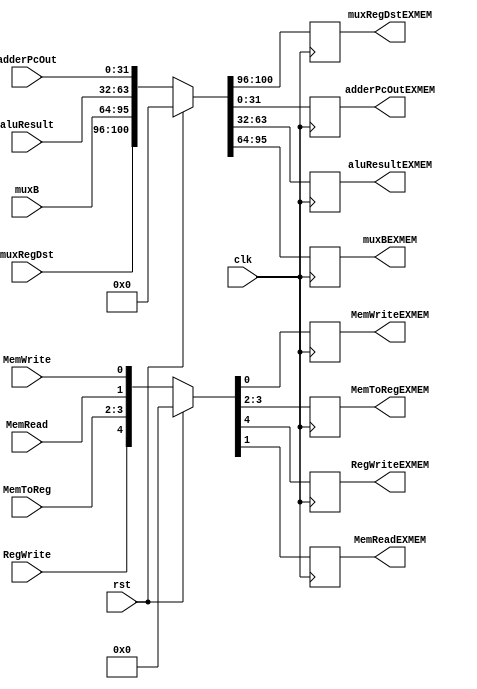
module EXMEM(RegWriteEXMEM, MemReadEXMEM, MemWriteEXMEM, MemToRegEXMEM, muxRegDstEXMEM, adderPcOutEXMEM,
             aluResultEXMEM, muxBEXMEM, clk, rst, RegWrite, MemRead, MemWrite, MemToReg, muxRegDst, adderPcOut,
             aluResult, muxB);
    output reg RegWriteEXMEM;
    output reg MemReadEXMEM, MemWriteEXMEM;
    output reg [1:0] MemToRegEXMEM;
    output reg [4:0] muxRegDstEXMEM;
    output reg [31:0] adderPcOutEXMEM;
    output reg [31:0] aluResultEXMEM, muxBEXMEM;

    input clk, rst, RegWrite, MemRead, MemWrite;
    input [1:0] MemToReg;
    input [4:0] muxRegDst;
    input [31:0] adderPcOut;
    input [31:0] aluResult, muxB;

    always @(posedge clk) begin
        if(rst) begin
            {RegWriteEXMEM, MemToRegEXMEM, MemReadEXMEM, MemWriteEXMEM} <= 5'd0;
            {muxRegDstEXMEM, muxBEXMEM, aluResultEXMEM, adderPcOutEXMEM} <= 101'd0;
        end
        else begin
            {RegWriteEXMEM, MemToRegEXMEM, MemReadEXMEM, MemWriteEXMEM} <= {RegWrite, MemToReg, MemRead, MemWrite};
            {muxRegDstEXMEM, muxBEXMEM, aluResultEXMEM, adderPcOutEXMEM} <= {muxRegDst, muxB, aluResult, adderPcOut};
        end
    end
endmodule